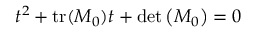
t ^ { 2 } + { \mathrm { t r } } ( M _ { 0 } ) t + \operatorname* { d e t } \left( M _ { 0 } \right) = 0